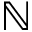
\mathbb { N }